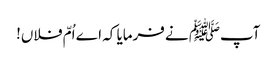
آپﷺ نے فرمایا کہ اے اُمّ فلاں!